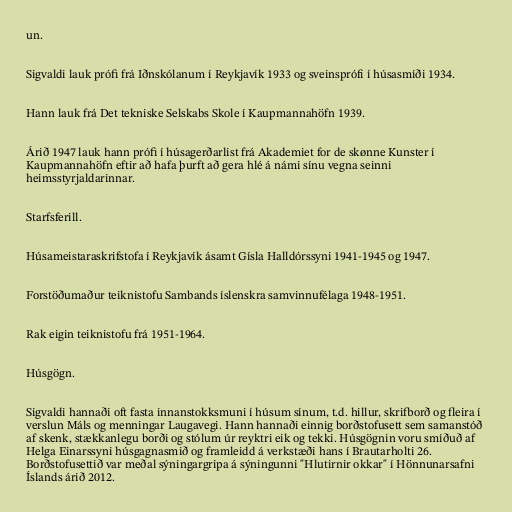
un.

Sigvaldi lauk prófi frá Iðnskólanum í Reykjavík 1933 og sveinsprófi í húsasmíði 1934.

Hann lauk frá Det tekniske Selskabs Skole í Kaupmannahöfn 1939.

Árið 1947 lauk hann prófi í húsagerðarlist frá Akademiet for de skønne Kunster í
Kaupmannahöfn eftir að hafa þurft að gera hlé á námi sínu vegna seinni
heimsstyrjaldarinnar.

Starfsferill.

Húsameistaraskrifstofa í Reykjavík ásamt Gísla Halldórssyni 1941-1945 og 1947.

Forstöðumaður teiknistofu Sambands íslenskra samvinnufélaga 1948-1951.

Rak eigin teiknistofu frá 1951-1964.

Húsgögn.

Sigvaldi hannaði oft fasta innanstokksmuni í húsum sínum, t.d. hillur, skrifborð og fleira í
verslun Máls og menningar Laugavegi. Hann hannaði einnig borðstofusett sem samanstóð
af skenk, stækkanlegu borði og stólum úr reyktri eik og tekki. Húsgögnin voru smíðuð af
Helga Einarssyni húsgagnasmið og framleidd á verkstæði hans í Brautarholti 26.
Borðstofusettið var meðal sýningargripa á sýningunni "Hlutirnir okkar" í Hönnunarsafni
Íslands árið 2012.